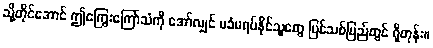
သို့တိုင်အောင် ဤကြွေးကြော်သံကို အော်လျှင် မခံမရပ်နိုင်သူတွေ ပြင်သစ်ပြည်တွင် ရှိတုန်း။